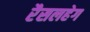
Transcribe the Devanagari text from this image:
रैसलहेग